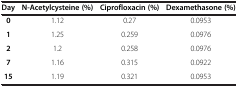
<table><thead><tr><td><b>Day</b></td><td><b>N-Acetylcysteine (%)</b></td><td><b>Ciprofloxacin (%)</b></td><td><b>Dexamethasone (%)</b></td></tr></thead><tbody><tr><td><b>0</b></td><td>1.12</td><td>0.27</td><td>0.0953</td></tr><tr><td><b>1</b></td><td>1.25</td><td>0.259</td><td>0.0976</td></tr><tr><td><b>2</b></td><td>1.2</td><td>0.258</td><td>0.0976</td></tr><tr><td><b>7</b></td><td>1.16</td><td>0.315</td><td>0.0922</td></tr><tr><td><b>15</b></td><td>1.19</td><td>0.321</td><td>0.0953</td></tr></tbody></table>